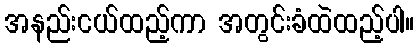
အနည်းငယ်ထည့်ကာ အတွင်းခံထဲထည့်ပါ။